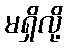
မရှိလို့